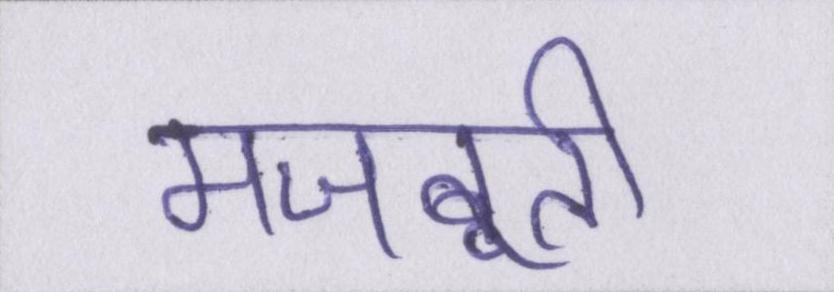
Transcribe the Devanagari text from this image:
मजबूती